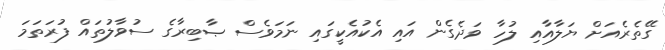
ގޭތެރެއަށް ޔަލާއާއި ލުހާ ވަދެގެން އައި އެކުއެކީގައި ނަމަވެސް ޞާބިރާގެ ސުވާލުތައް ފުރަތަމަ